Insane asylums in Bengal annual reports 1867-1875 - 1867-1875
Year: 1867
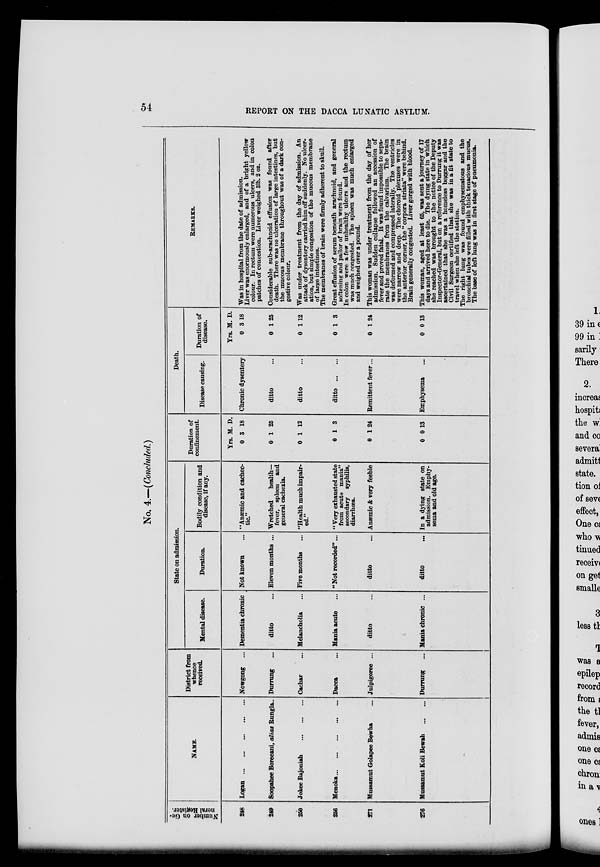
54
REPORT ON THE DACCA LUNATIC ASYLUM.
No. 4.—(Concluded.)
Number on Ge-
neral Register.
248
249
250
256
271
276
NAME.
Logan
...
...
...
...
...
Soopahee Boreeani, alias Rungla..
Jokee Bajoniah
...
...
...
Menoka ... ... ... ... ...
Mussamut Golapee Bewha ...
Mussamut Koli Bewah
... ...
District from
whence
received.
Nowgong ...
Durrung ...
Cachar ...
Dacca ...
Julpigoree ...
Durrung
...
State on admission.
Mental disease.
Dementia chronic
ditto ...
Melancholia ...
Mania acute ...
ditto ...
Mania chronic ...
Duration.
Not known ...
Eleven months ...
Five months ...
"Not recorded"...
ditto
...
ditto
...
Bodily condition and
disease, if any.
"Anæmic and cachec-
tic"
"Wretched
health—
fever, spleen and
general cachexia.
"Health much impair-
ed."
" Very exhausted state
from acute mania"
secondary syphilis,
diarrhœa.
Anæmic & very feeble
In a dying state on
admission. Emphy-
sema and old age.
Duration of
confinement.
Yrs.
0
0
0
0
0
0
M.
3
1
1
1
1
0
D.
18
25
12
3
24
13
Death.
Disease causing.
Chronic dysentery
ditto ...
ditto ...
ditto
... ...
Remittent fever...
Emphysema ...
Duration of
disease.
Yrs.
0
0
0
0
0
0
M.
3
1
1
1
1
0
D.
18
25
12
3
24
13
REMARKS.
Was in hospital from the date of admission.
Liver was enormously enlarged, and of a bright yellow
colour. In rectum were numerous ulcers, and in colon
patches of congestion. Liver weighed 3lb. 2 oz.
Considerable sub-arachnoid effusion was found after
death. There was no ulceration of large intestines, but
the mucous membrane throughout was of a dark con-
gestive colour.
Was under treatment from the day of admission. An
attack of dysentery carried him off suddenly. No ulcer-
ation, but simple congestion of the mucous membrane
of large intestines.
The membranes of brain were firmly adherent to skull.
Great effusion of serum beneath arachnoid, and general
softening and pallor of brain were found.
In colon were a few unhealthy ulcers and the rectum
was much congested. The spleen was much enlarged
and weighed over a pound.
This woman was under treatment from the day of her
admission. Sudden collapse followed an accession of
fever and proved fatal. It was found impossible to sepa-
rate the membranes from the calvarium. The brain
was deformed and compressed laterally. The ventricles
were narrow and deep. The choroid plexuses were in
the anterior corner, the "corpora striata" were behind.
Brain generally congested. Liver gorged with blood.
This woman, aged at least 65,was sent a journey of 17
days and arrived here to die. The dying state in which
she reached was brought to the notice of the Deputy
Inspector-General, but on a reference to Durrung it was
ascertained that she was a homeless beggar and the
Civil Surgeon certified that she was in a fit state to
travel when she left the station.
The right lung was found emphysematous and the
bronchial tubes were filled with thick tenacious mucus.
The base of left lung was in first stage of pneumonia.